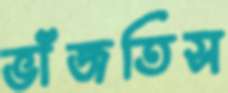
ভাঁজতিস